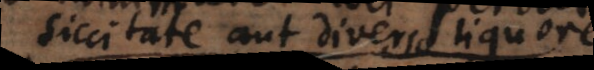
siccitate aut diverso liquore